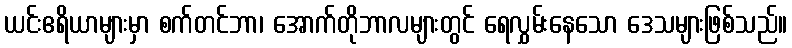
ယင်းဧရိယာများမှာ စက်တင်ဘာ၊ အောက်တိုဘာလများတွင် ရေလွှမ်းနေသော ဒေသများဖြစ်သည်။